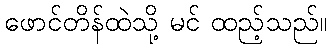
ဖောင်တိန်ထဲသို့ မင် ထည့်သည်။